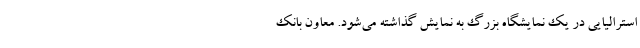
استرالیایی در یک نمایشگاه بزرگ به نمایش گذاشته می‌شود. معاون بانک